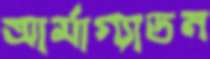
আর্মাগ্যাডন